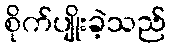
စိုက်ပျိုးခဲ့သည်